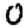
Digit: 0